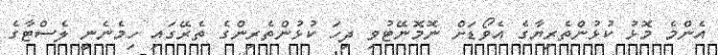
އެންމެ މޮޅު ކުޅުންތެރިޔާގެ އެވޯޑަށް ނޮމޮނޭޓުވި ދިހަ ކުޅުންތެރިންގެ ތެރޭގައި ހިމެނެނީ ލެސްޓާގެ